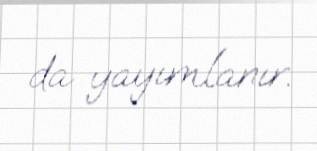
da yayımlanır.